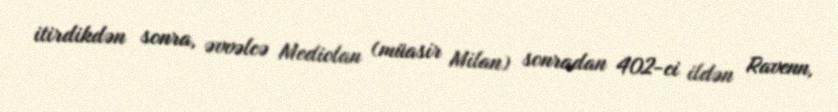
itirdikdən sonra, əvvəlcə Mediolan (müasir Milan) sonradan 402-ci ildən Ravenn,